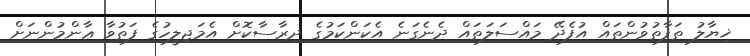
ޚިޔާލު ތަފާތުވުންތައް އުފެދޭ މައްސަލަތައް ދެނެގަނެ އެކަންކަމުގެ ދިރާސާކޮށް އެމަޖިލީހުގެ ފަތުވާ ޢާންމުންނަށް